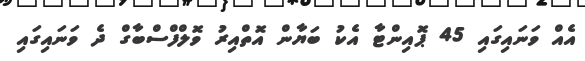
އެއް ވަނައިގައި 45 ޕޮއިންޓާ އެކު ބަޔާން އޮތްއިރު ވޮލްފްސްބާގް ދެ ވަނައިގައި